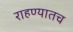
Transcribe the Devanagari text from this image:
राहण्यातच